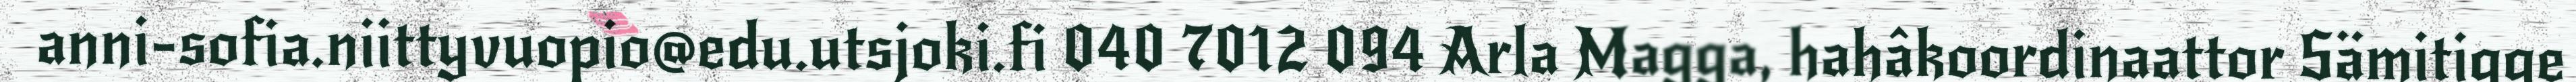
anni-sofia.niittyvuopio@edu.utsjoki.fi 040 7012 094 Arla Magga, hahâkoordinaattor Sämitigge